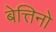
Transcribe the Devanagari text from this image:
बेत्तिनो